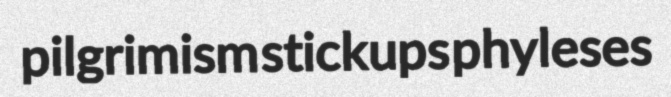
pilgrimism stickups phyleses